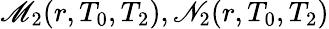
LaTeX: \mathscr{M}_{2}(r,T_{0},T_{2}),\mathscr{N}_{2}(r,T_{0},T_{2})